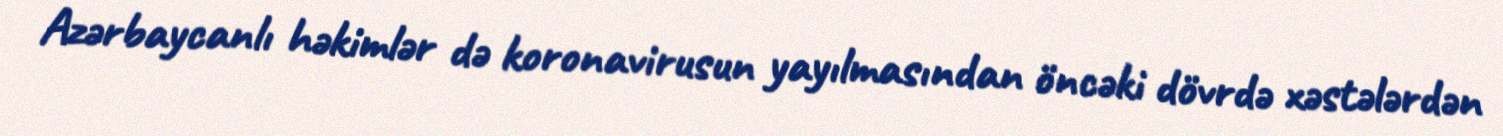
Azərbaycanlı həkimlər də koronavirusun yayılmasından öncəki dövrdə xəstələrdən